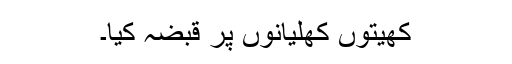
کھیتوں کھلیانوں پر قبضہ کیا۔